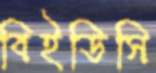
বিইডিসি